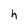
Character: h